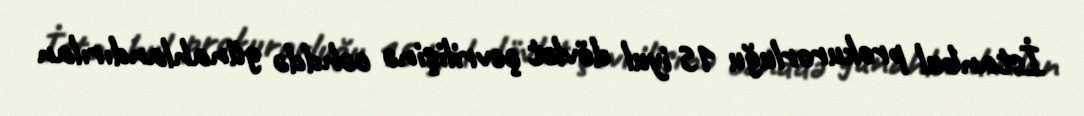
İstanbul prokurorluğu 15 iyul dövlət çevrilişinə cəhddə günahlandırılan